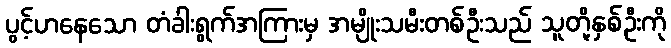
ပွင့်ဟနေသော တံခါးရွက်အကြားမှ အမျိုးသမီးတစ်ဦးသည် သူတို့နှစ်ဦးကို